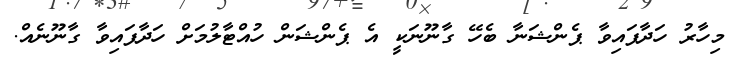
މިހާރު ހަދާފައިވާ ޕެންޝަނާ ބެހޭ ގާނޫނަކީ އެ ޕެންޝަން ހުއްޓާލުމަށް ހަދާފައިވާ ގާނޫނެއް.